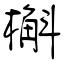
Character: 槲